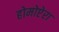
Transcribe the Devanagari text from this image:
होमोप्टेरा